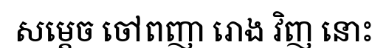
សម្តេច ចៅពញា រោង វិញ នោះ